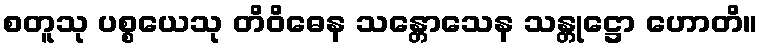
စတူသု ပစ္စယေသု တိဝိဓေန သန္တောသေန သန္တုဋ္ဌော ဟောတိ။